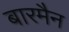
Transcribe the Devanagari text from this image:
बारमैन